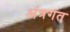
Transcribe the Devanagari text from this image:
अंत्रगत